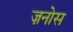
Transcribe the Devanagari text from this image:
ज़नोस